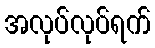
အလုပ်လုပ်ရက်